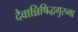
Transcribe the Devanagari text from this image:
दैवान्निषिद्धगुरुगा